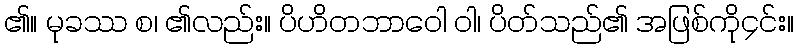
၏။ မုခဿ စ၊ ၏လည်း။ ပိဟိတဘာဝေါ ဝါ၊ ပိတ်သည်၏ အဖြစ်ကို၄င်း။